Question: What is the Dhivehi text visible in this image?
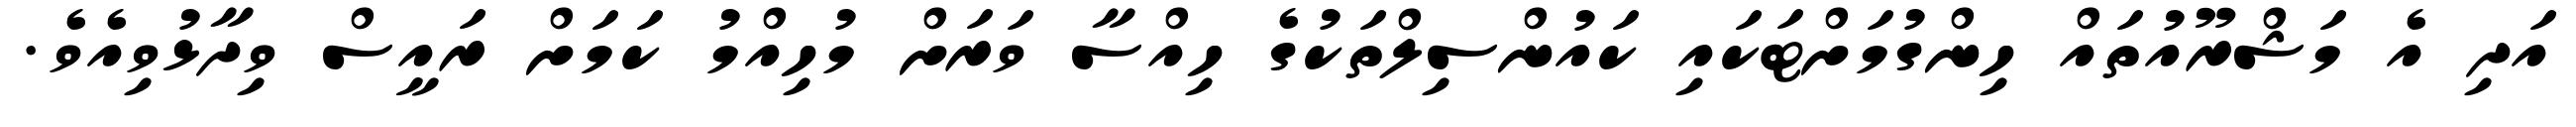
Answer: އަދި އެ މަޝްރޫއުތައް ހިންގުމަށްޓަކައި ކައުންސިލްތަކުގެ ހިއްސާ ވަރަށް މުހިއްމު ކަމަށް ރައީސް ވިދާޅުވިއެވެ.